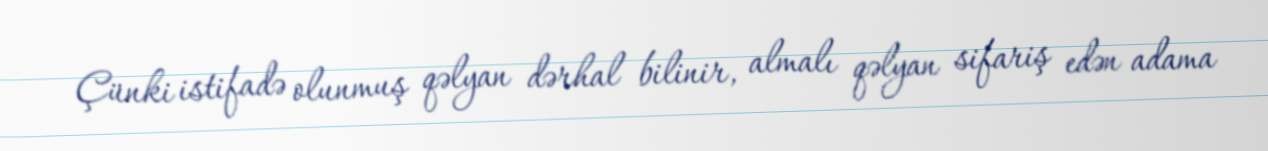
Çünki istifadə olunmuş qəlyan dərhal bilinir, almalı qəlyan sifariş edən adama